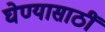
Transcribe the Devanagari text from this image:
घेण्यासाठीं